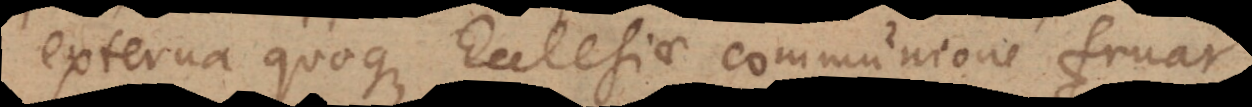
externa quoque Ecclesiae communione fruar.